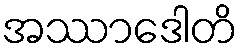
အဿာဒေါတိ